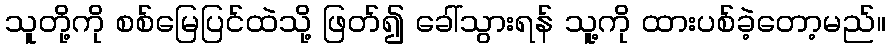
သူတို့ကို စစ်မြေပြင်ထဲသို့ ဖြတ်၍ ခေါ်သွားရန် သူ့ကို ထားပစ်ခဲ့တော့မည်။